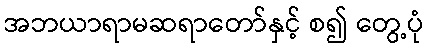
အဘယာရာမဆရာတော်နှင့် စ၍ တွေ့ပုံ